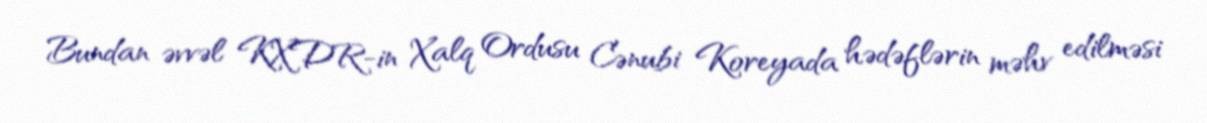
Bundan əvvəl KXDR-in Xalq Ordusu Cənubi Koreyada hədəflərin məhv edilməsi